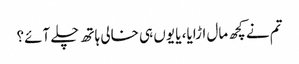
تم نے کچھ مال اڑایا، یا یوں ہی خالی ہاتھ چلے آئے؟